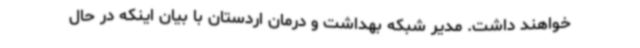
خواهند داشت. مدیر شبکه بهداشت و درمان اردستان با بیان اینکه در حال